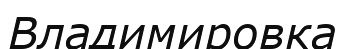
Владимировка